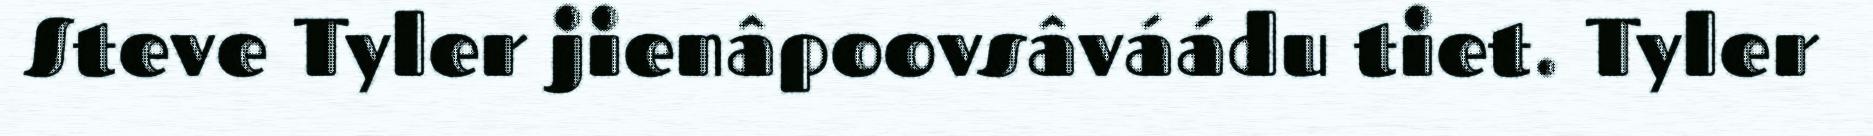
Steve Tyler jienâpoovsâváádu tiet. Tyler